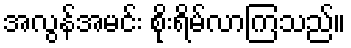
အလွန်အမင်း စိုးရိမ်လာကြသည်။